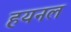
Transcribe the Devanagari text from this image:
हयनल